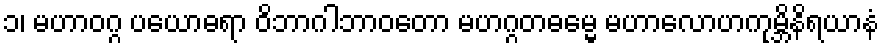
၁၊ မဟာဝဂ္ဂ ပယောဓရာ ဝိဘာဂါဘာဝတော မဟဂ္ဂတဓမ္မေ မဟာလောဟကုမ္ဘိနိရယာနံ